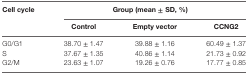
<table><thead><tr><td rowspan="2"><b>Cell cycle</b></td><td colspan="3"><b>Group (mean ± SD, %)</b></td></tr><tr><td><b>Control</b></td><td><b>Empty vector</b></td><td><b>CCNG2</b></td></tr></thead><tbody><tr><td>G0/G1</td><td>38.70 ± 1.47</td><td>39.88 ± 1.16</td><td>60.49 ± 1.37</td></tr><tr><td>S</td><td>37.67 ± 1.35</td><td>40.86 ± 1.14</td><td>21.73 ± 0.92</td></tr><tr><td>G2/M</td><td>23.63 ± 1.07</td><td>19.26 ± 0.76</td><td>17.77 ± 0.85</td></tr></tbody></table>